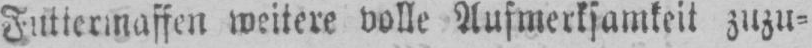
weitere volle Aufmerksamkeit zuzu⸗